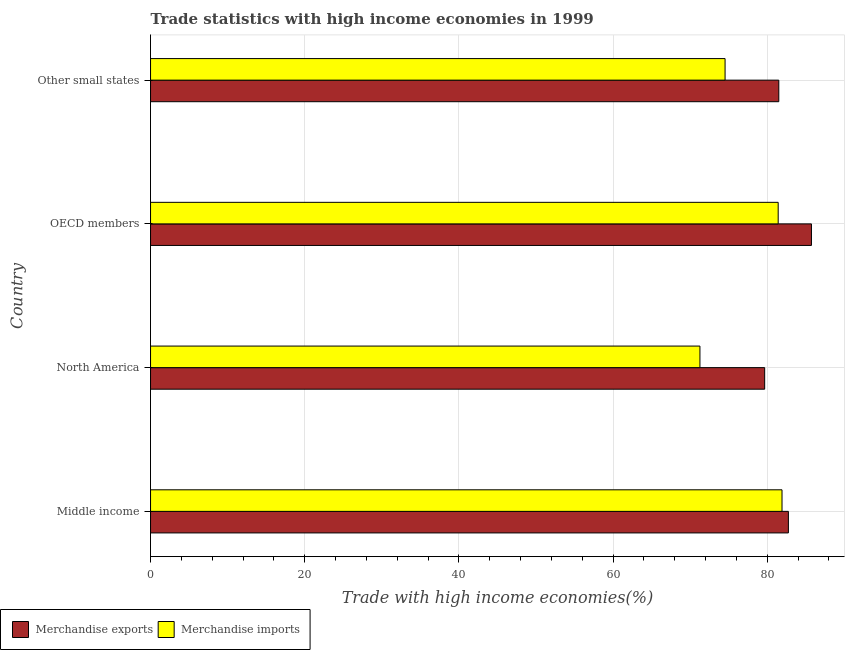
| Country | Merchandise exports | Merchandise imports |
 | --- | --- | --- |
 | Middle income | 82.7 | 81.9 |
 | North America | 79.7 | 71.3 |
 | OECD members | 85.7 | 81.4 |
 | Other small states | 81.5 | 74.5 |